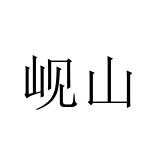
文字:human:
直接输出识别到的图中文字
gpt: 岘山